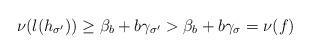
LaTeX: \begin{align*}\nu(l(h_{\sigma'}))\geq \beta_b+b\gamma_{\sigma'}>\beta_b+b\gamma_{\sigma}=\nu(f)\end{align*}